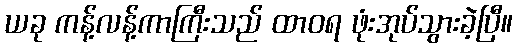
ယခု ကန့်လန့်ကာကြီးသည် ထာဝရ ဖုံးအုပ်သွားခဲ့ပြီ။